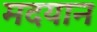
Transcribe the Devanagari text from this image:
मदयान